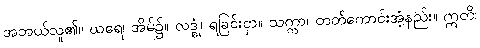
အဘယ်သူ၏။ ဃရေ၊ အိမ်၌။ လဒ္ဓုံ၊ ရခြင်းငှာ။ သက္ကာ၊ တတ်ကောင်းအံ့နည်း။ ဣတိ၊